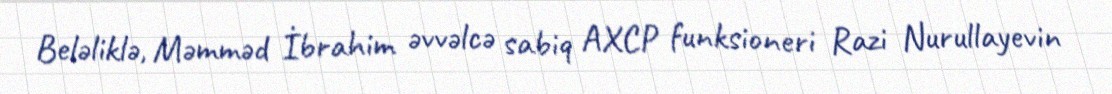
Beləliklə, Məmməd İbrahim əvvəlcə sabiq AXCP funksioneri Razi Nurullayevin